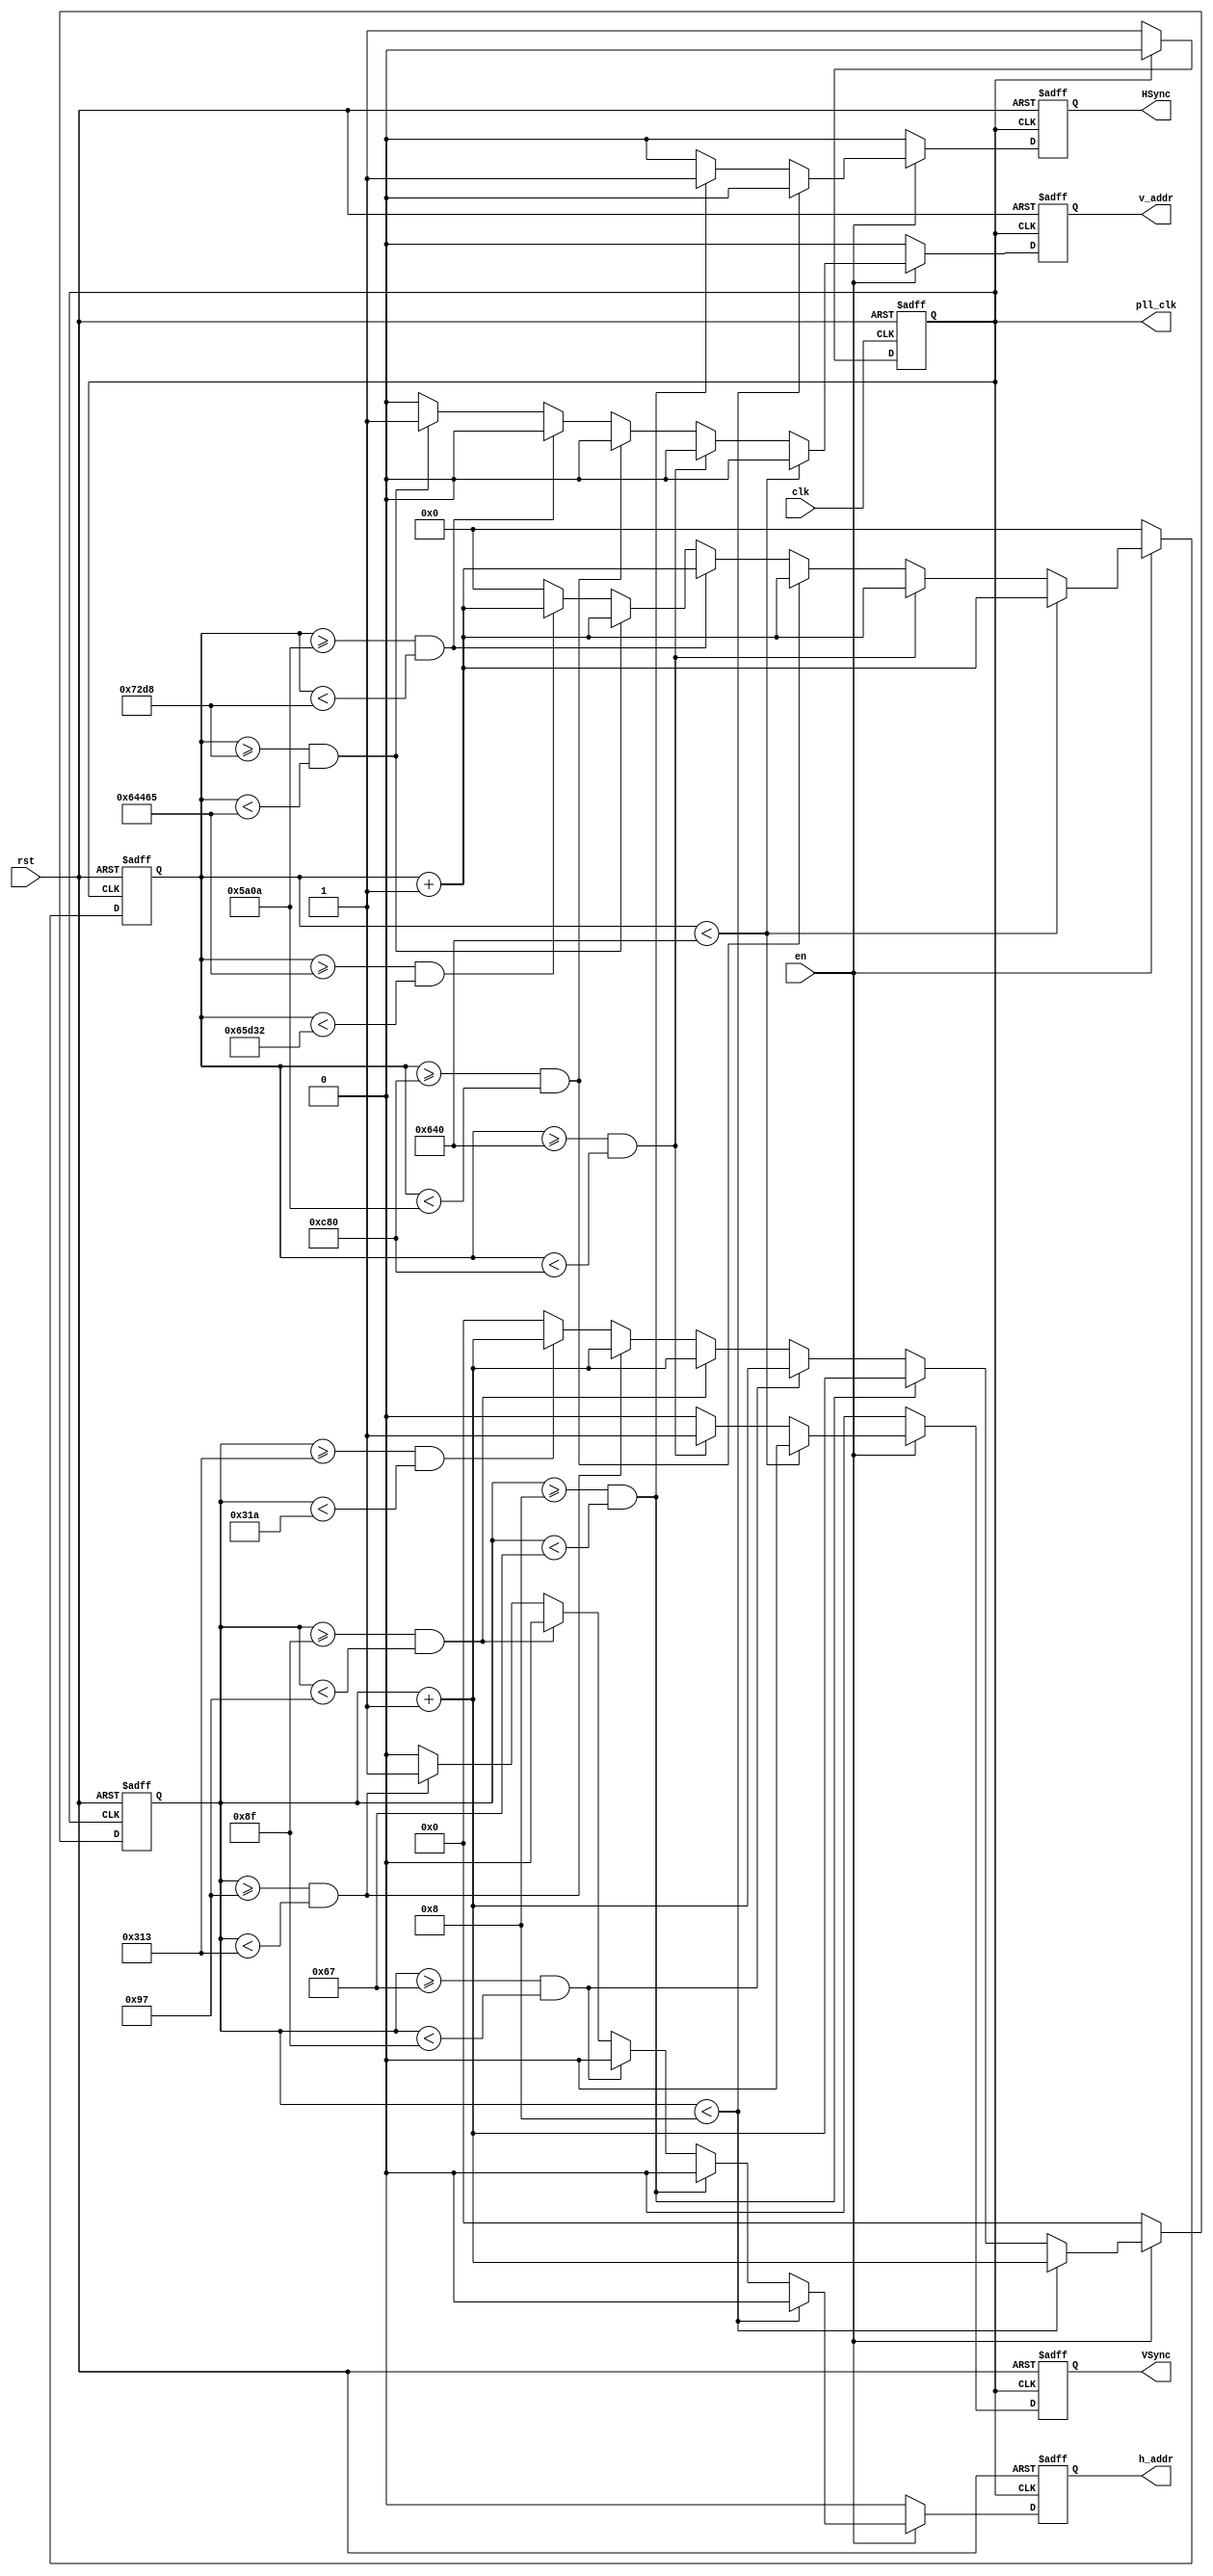
`timescale 1ns / 1ps
//////////////////////////////////////////////////////////////////////////////////
// Company: SDU
// 
// Design Name: VGA's interface
// Module Name: VGA
// Project Name: VGA
// Target Devices: 
// Tool Versions: 
// Description: 
// 50MHz
// Dependencies: 
// 
// Revision:
// Revision 0.01 - File Created
// Additional Comments:
// 
//////////////////////////////////////////////////////////////////////////////////


module VGA
(
    input wire clk,
    input wire rst,
	input wire en,
	
	output wire pll_clk,
    output reg VSync,
    output reg HSync,
	output reg h_addr,
	output reg v_addr
);
	
	parameter h_front_porch  = 10'd8;//0.318*25
	parameter h_sync_time    = 10'd95;//3.813*25
	parameter h_back_porch   = 10'd40;//1.598*25
	parameter h_left_border  = 10'd8;
	parameter h_addr_time    = 10'd636;//25.422*25
	parameter h_right_border = 10'd8;
	parameter h_blank_time   = h_front_porch + h_sync_time + h_back_porch;
	parameter h_active_time  = h_left_border + h_addr_time + h_right_border;
	
	parameter v_front_porch   = 19'd1600;//0.064*25000
	parameter v_sync_time     = 19'd1600;
	parameter v_back_porch    = 19'd19850;//0.794*25000
	parameter v_top_border    = 19'd6350;//0.254*25000
	parameter v_addr_time     = 19'd381325;//15.253*25000
	parameter v_bottom_border = 19'd6350;
	parameter v_blank_time   = v_front_porch + v_sync_time + v_back_porch;
	parameter v_active_time  = v_top_border + v_addr_time + v_bottom_border;
	
	
	
	reg cnt_clk;
	
	reg[9:0] cnt_h;
	reg[18:0] cnt_v;
	
	always@(posedge clk or negedge rst)//output 25MHz
	begin
		if(~rst)
			cnt_clk <= 1'b0;
		else
		begin
			if(cnt_clk == 1'b1)
				cnt_clk <= 1'b0;
			else
				cnt_clk <= 1'b1;
		end
	end
	
	assign pll_clk = cnt_clk;
	
	always@(posedge cnt_clk or negedge rst)//horizontal count
	begin
		if(~rst)
		begin
			cnt_h  <= 10'b0;
			HSync <= 1'b0;
			h_addr <= 1'b0;
		end
		else
		begin
			if(en)
			begin
				case(1'b1)
					cnt_h < h_front_porch:
					begin
						HSync <= 1'b0;
						cnt_h <= cnt_h + 10'b1;
						h_addr <= 1'b0;
					end
					cnt_h >= h_front_porch && cnt_h < h_front_porch + h_sync_time:
					begin
						HSync <= 1'b1;
						cnt_h <= cnt_h + 10'b1;
						h_addr <= 1'b0;
					end
					cnt_h >= h_front_porch + h_sync_time && cnt_h < h_blank_time:
					begin
						HSync <= 1'b0;
						cnt_h <= cnt_h + 10'b1;
						h_addr <= 1'b0;
					end
					cnt_h >= h_blank_time && cnt_h < h_blank_time + h_left_border:
					begin
						HSync <= 1'b0;
						cnt_h <= cnt_h + 10'b1;
						h_addr <= 1'b0;
					end
					cnt_h >= h_blank_time + h_left_border && cnt_h < h_blank_time + h_left_border + h_addr_time:
					begin
						HSync <= 1'b0;
						cnt_h <= cnt_h + 10'b1;
						h_addr <= 1'b1;
					end
					cnt_h >= h_blank_time + h_left_border + h_addr_time && cnt_h < h_blank_time + h_active_time - 10'b1:
					begin
						HSync <= 1'b0;
						cnt_h <= cnt_h + 10'b1;
						h_addr <= 1'b0;
					end
					default:
					begin
						HSync <= 1'b0;
						cnt_h  <= 10'b0;
						h_addr <= 1'b0;
					end
				endcase
			end
			else//if not ,clear the register
			begin
				cnt_h  <= 10'b0;
				HSync <= 1'b0;
				h_addr <= 1'b0;
			end
		end
	end
	
	always@(posedge cnt_clk or negedge rst)
	begin
		if(~rst)
		begin
			VSync  <= 1'b0;
			cnt_v  <= 19'b0;
			v_addr <= 1'b0;
		end
		else
		begin
			if(en)
			begin
				case(1'b1)
					cnt_v < v_front_porch:
					begin
						VSync  <= 1'b0;
						cnt_v  <= cnt_v + 19'b1;
						v_addr <= 1'b0;
					end
					cnt_v >= v_front_porch && cnt_v < v_front_porch + v_sync_time:
					begin
						VSync  <= 1'b1;
						cnt_v  <= cnt_v + 19'b1;
						v_addr <= 1'b0;
					end
					cnt_v >= v_front_porch + v_sync_time && cnt_v < v_blank_time:
					begin
						VSync  <= 1'b0;
						cnt_v  <= cnt_v + 19'b1;
						v_addr <= 1'b0;
					end
					cnt_v >= v_blank_time && cnt_v < v_blank_time + v_top_border:
					begin
						VSync  <= 1'b0;
						cnt_v  <= cnt_v + 19'b1;
						v_addr <= 1'b0;
					end
					cnt_v >= v_blank_time + v_top_border && cnt_v < v_blank_time + v_top_border + v_addr_time:
					begin
						VSync  <= 1'b0;
						cnt_v  <= cnt_v + 19'b1;
						v_addr <= 1'b1;
					end
					cnt_v >= v_blank_time + v_top_border + v_addr_time && cnt_v < v_blank_time + v_active_time - 19'b1:
					begin
						VSync  <= 1'b0;
						cnt_v  <= cnt_v + 19'b1;
						v_addr <= 1'b0;
					end
					default:
					begin
						VSync  <= 1'b0;
						cnt_v  <= 19'b0;
						v_addr <= 1'b0;
					end
				endcase
			end
			else
			begin
				VSync  <= 1'b0;
				cnt_v  <= 19'b0;
				v_addr <= 1'b0;
			end
		end
	end
endmodule